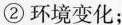
②环境变化；